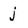
Character: j